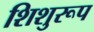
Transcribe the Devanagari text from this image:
शिशुरूप